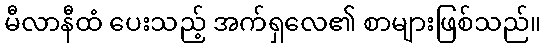
မီလာနီထံ ပေးသည့် အက်ရှလေ၏ စာများဖြစ်သည်။